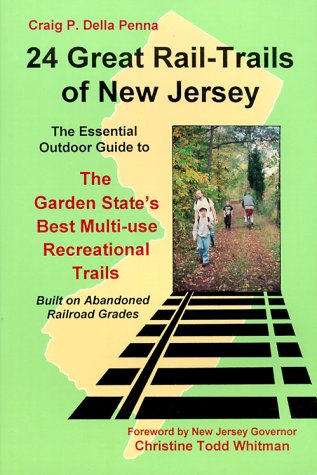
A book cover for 24 Great Rail-Trails of New Jersey; Craig P. Della Penna; Travel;